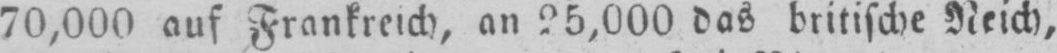
70,000 auf Frankreich, an 25,000 das britische Neich,